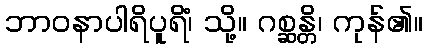
ဘာဝနာပါရိပူရိံ၊ သို့။ ဂစ္ဆန္တိ၊ ကုန်၏။